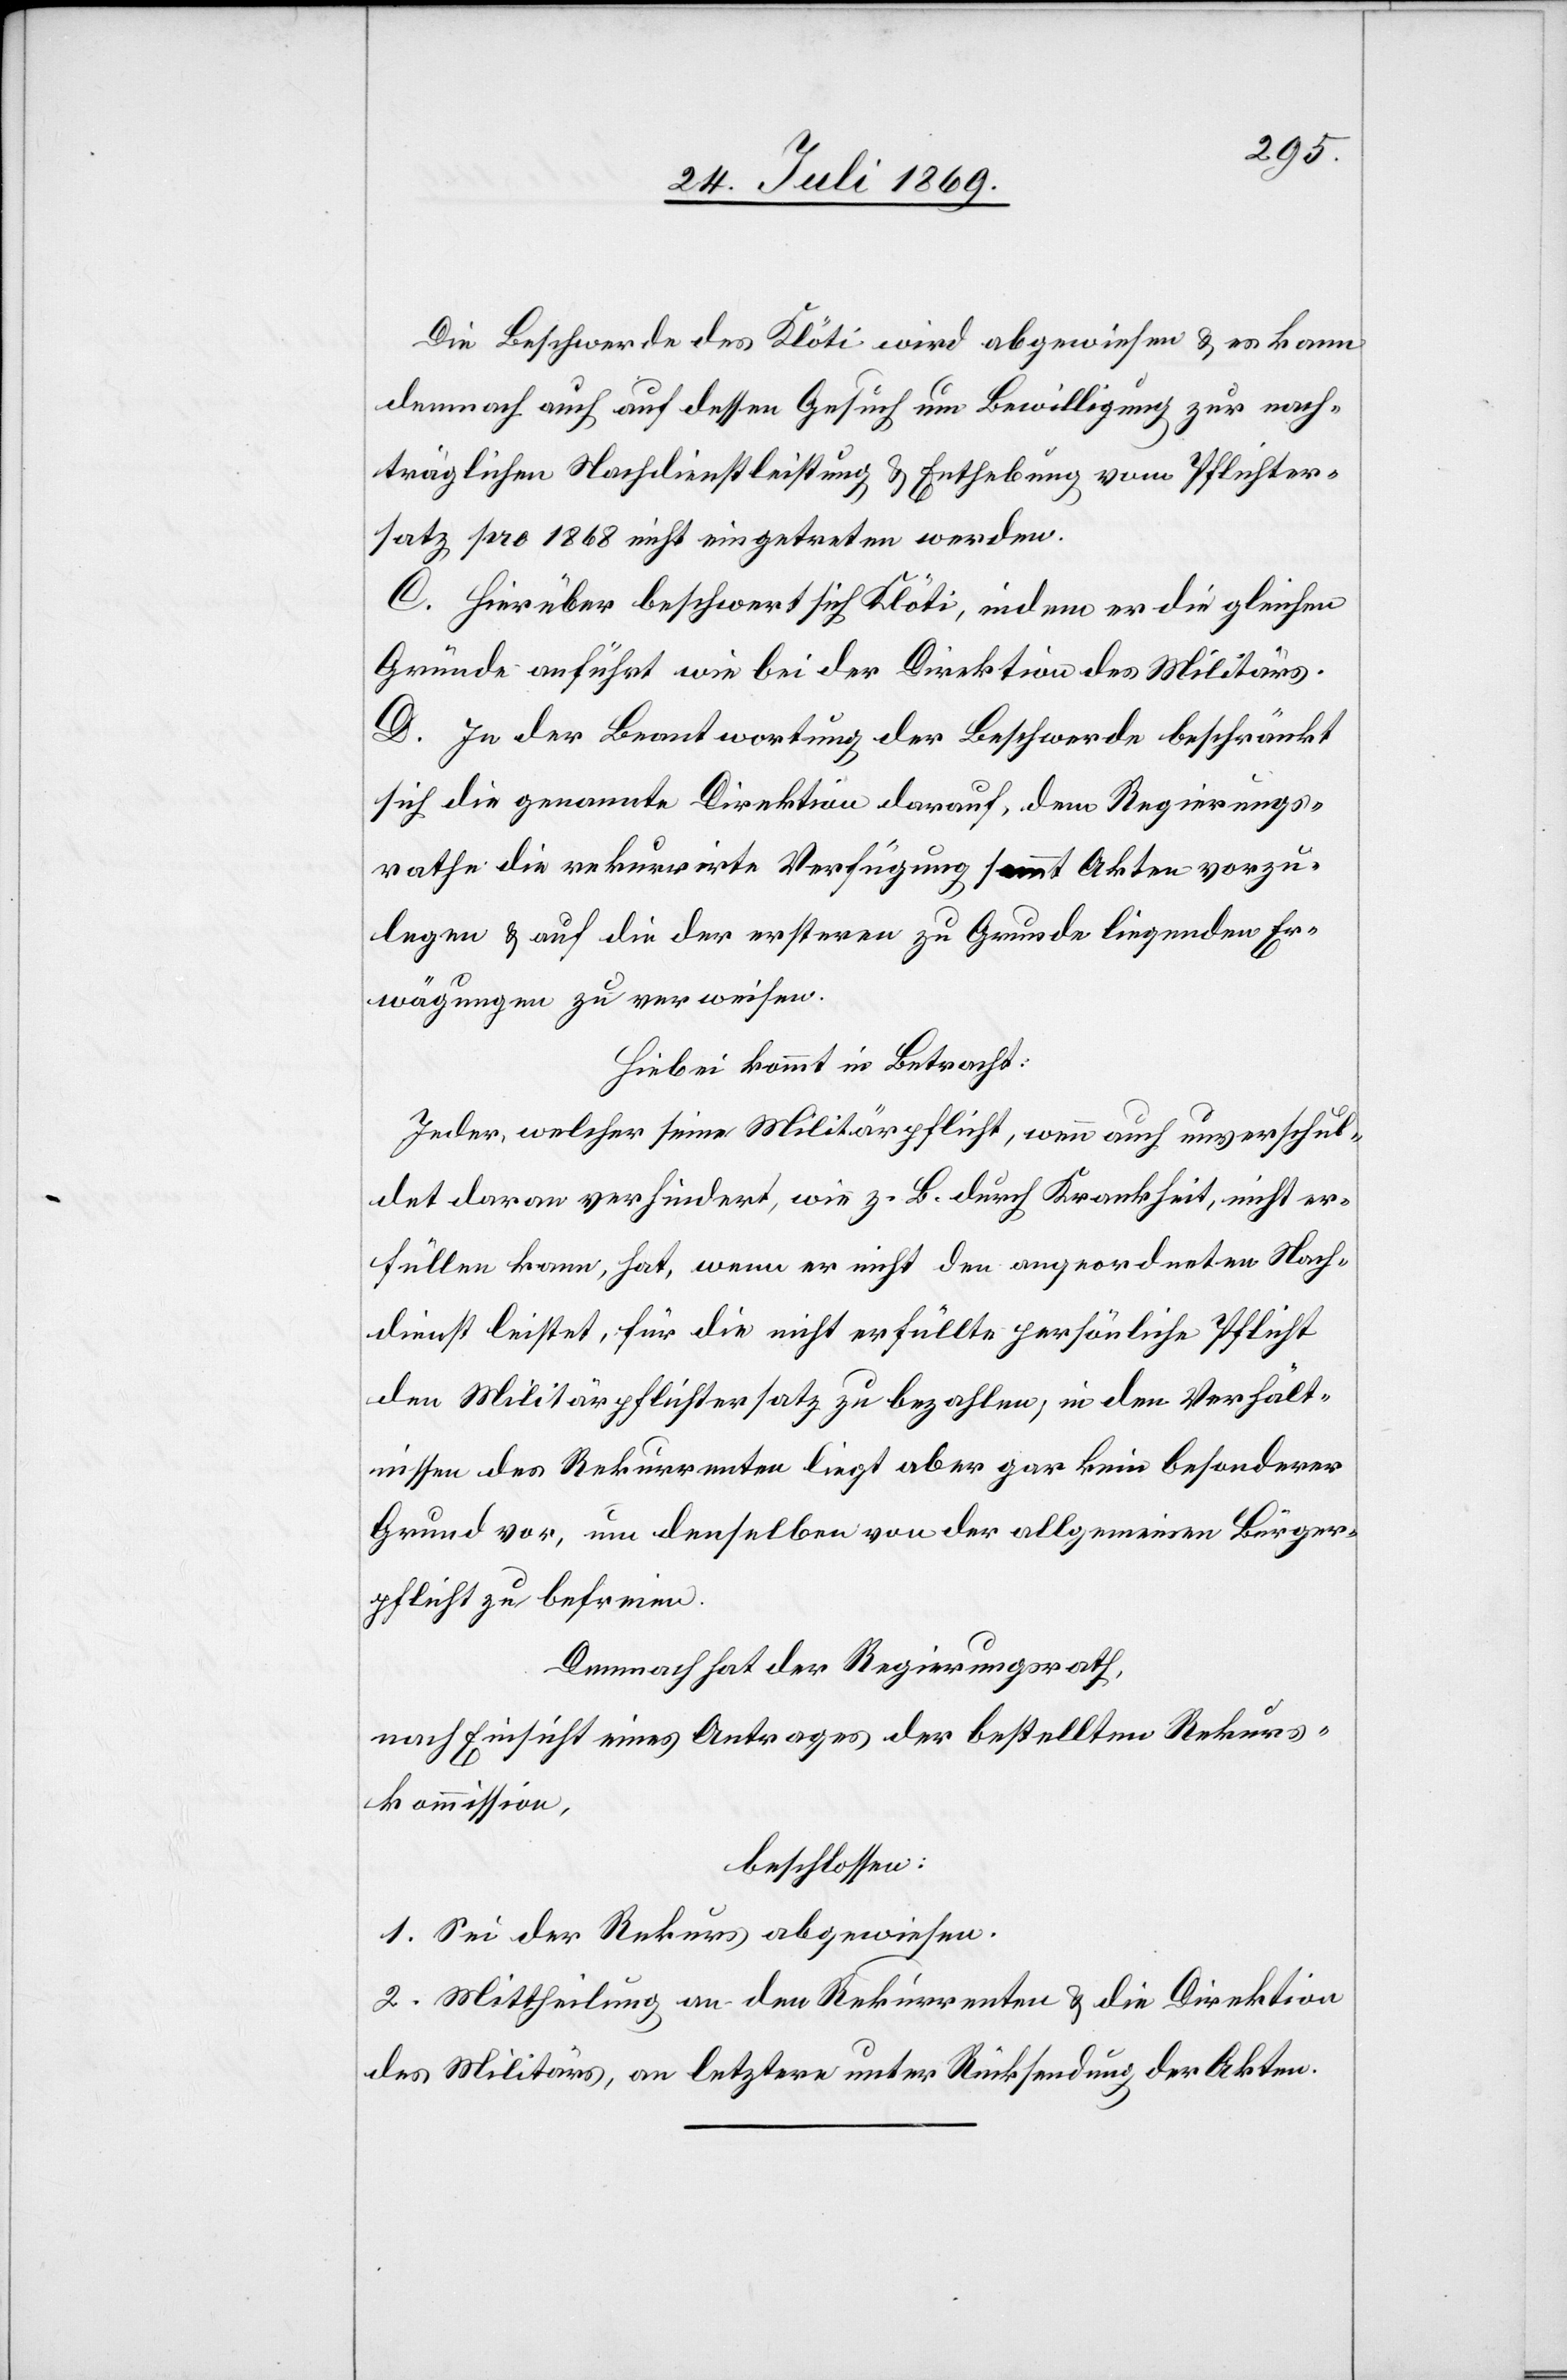
Die Beschwerde des Klöti wird abgewiesen u. es kann
demnach auch auf dessen Gesuch um Bewilligung zur nach¬
träglichen Nachdienstleistung u. Enthebung vom Pflichter¬
satz pro 1868 nicht eingetreten werden.
C. Hierüber beschwert sich Klöti, indem er die gleichen
Gründe anführt wie bei der Direktion des Militärs.
D. In der Beantwortung der Beschwerde beschränkt
sich die genannte Direktion darauf, dem Regierungs¬
rathe die rekurrirte Verfügung sammt Akten vorzu¬
legen u. auf die ersteren zu Grunde liegenden Er¬
wägungen zu verweisen.
Hiebei kommt in Betracht:
Jeder, welcher seine Militärpflicht, wenn auch unverschul¬
det daran verhindert, wie z. B. durch Krankheit, nicht er¬
füllen kann, hat, wenn er nicht den angeordneten Nach¬
dienst leistet, für die nicht erfüllte persönliche Pflicht
den Militärpflichtersatz zu bezahlen, in den Verhält¬
nissen des Rekurrenten liegt aber gar kein besonderer
Grund vor, um denselben von der allgemeinen Bürger¬
pflicht zu befreien.
Demnach hat der Regierungsrath,
nach Einsicht eines Antrages der bestellten Rekurs¬
kommission,
beschlossen:
1. Sei der Rekurs abgewiesen.
2. Mittheilung an den Rekurrenten u. die Direktion
des Militärs, an letztere unter Rücksendung der Akten.